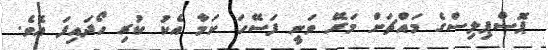
ޕޮސްޕިލިސްގެ މައްޗަށް މަރޭ ވަނީ ފަސޭހަ ކަމާ އެކު ކުރި ހޯދައިފަ އެވެ.